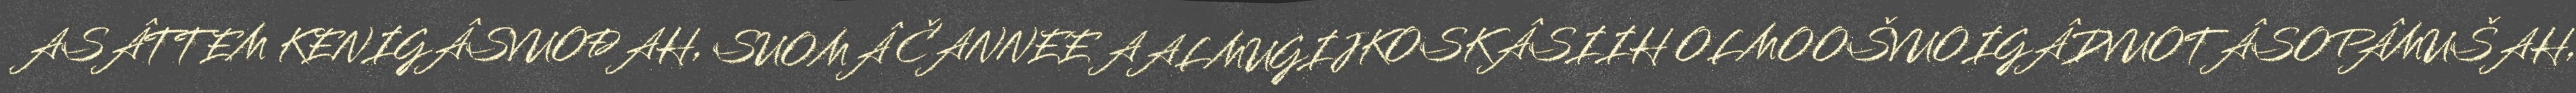
ASÂTTEM KENIGÂSVUOĐAH, SUOMÂ ČANNEE AALMUGIJKOSKÂSIIH OLMOOŠVUOIGÂDVUOTÂSOPÂMUŠAH,